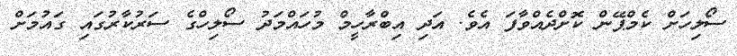
ސޯލިހަށް ކެމްޕޭން ކޮށްދެއްވާފަ އެވެ. އަދި އިބްރާހީމް މުހައްމަދު ސޯލިހްގެ ސަރުކާރުގައި ގައުމަށް